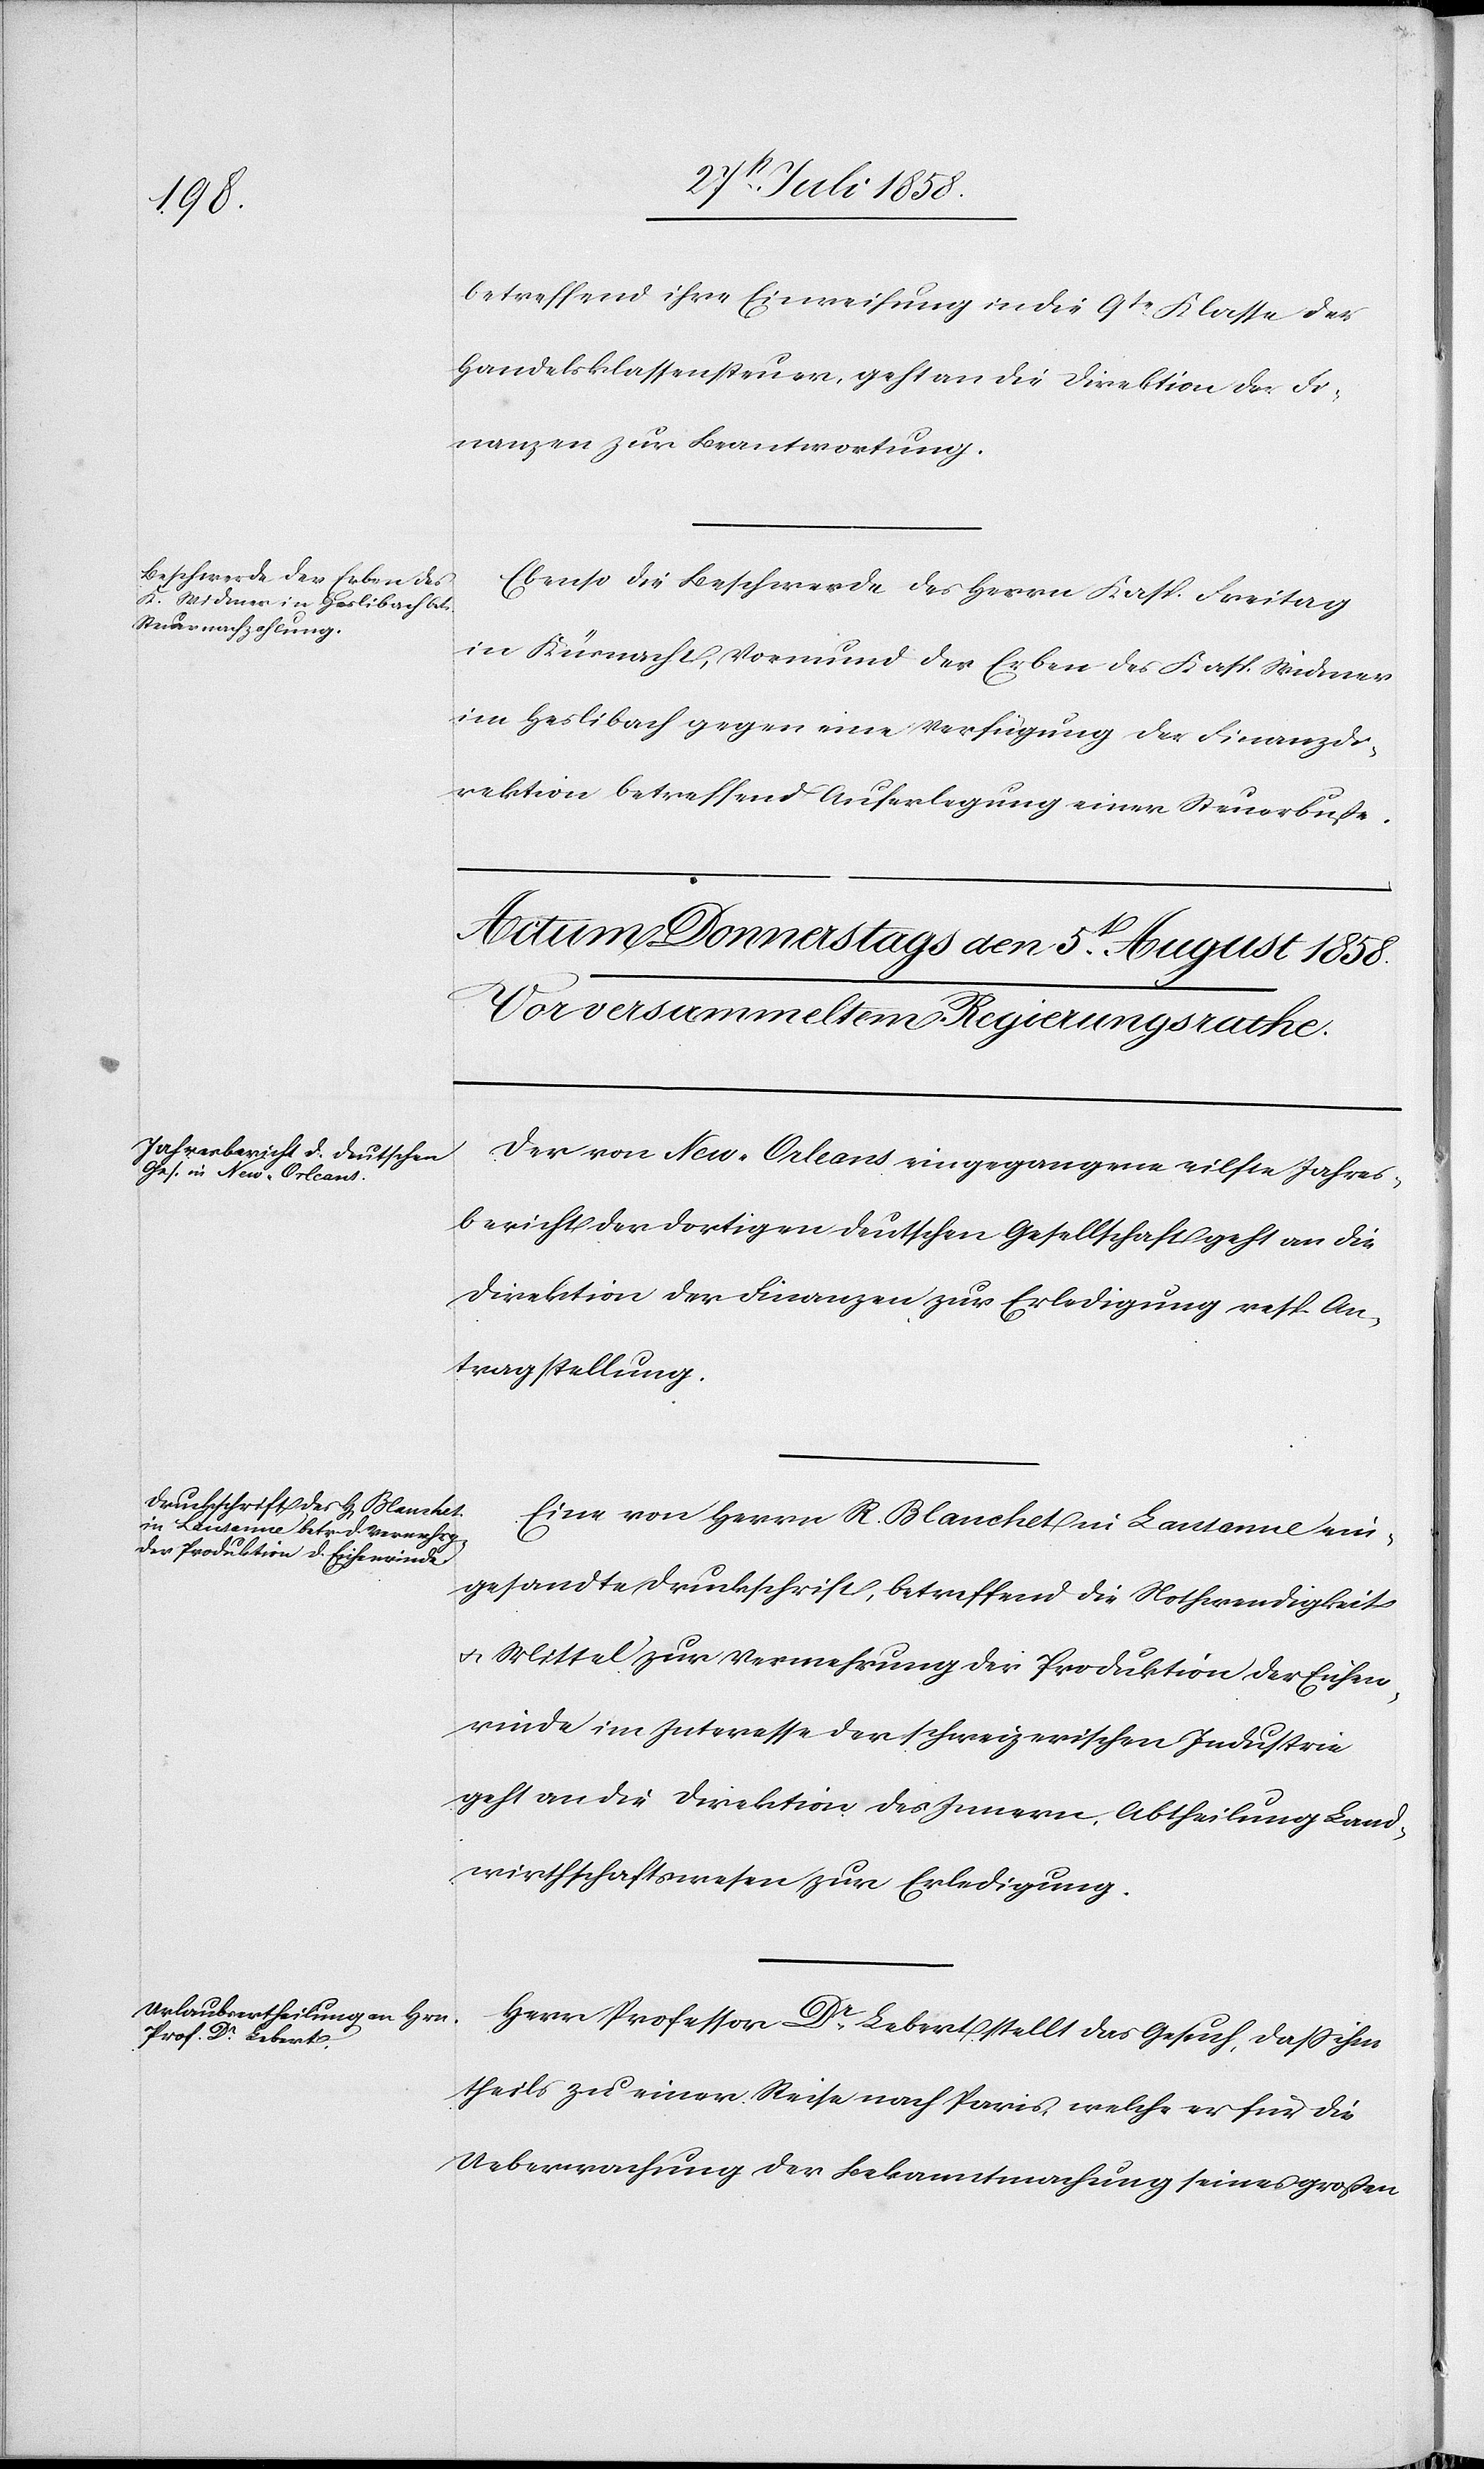
betreffend ihre Einreihung in die 9te Klasse der
Handelsklassensteuer, geht an die Direktion der Fi¬
nanzen zur Beantwortung.
Ebenso die Beschwerde des Herrn Kasp. Freitag
in Küsnacht, Vormund der Erben des Kasp. Widmer
im Heslibach gegen eine Verfügung der Finanzdi¬
rektion betreffend Auferlegung einer Steuerbuße.
Der von New-Orleans eingegangene eilfte Jahres¬
bericht der dortigen deutschen Gesellschaft geht an die
Direktion der Finanzen zur Erledigung resp. An¬
tragstellung.
Eine von Herrn R. Blanchet in Lausanne ein¬
gesandte Druckschrift, betreffend die Nothwendigkeit
& Mittel zur Vermehrung der Produktion der Eichen¬
rinde im Interesse der schweizerischen Industrie
geht an die Direktion des Innern, Abtheilung Land¬
wirthschaftswesen zur Erledigung.
Herr Professor Dr. Lebert stellt das Gesuch, dass ihm
theils zu einer Reise nach Paris, welche er für die
Ueberwachung der Bekanntmachung seines großen